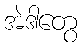
အဲဒါတွေ